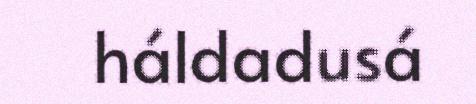
háldadusá